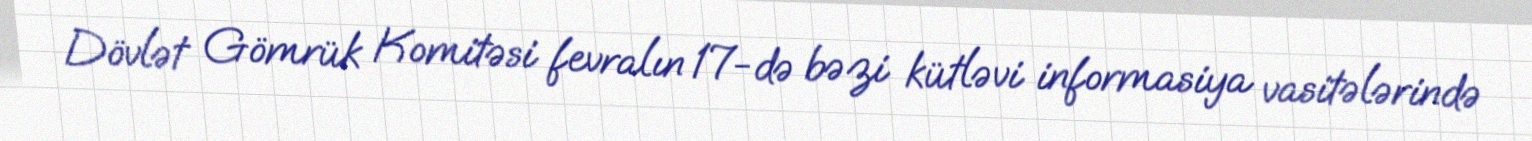
Dövlət Gömrük Komitəsi fevralın 17-də bəzi kütləvi informasiya vasitələrində